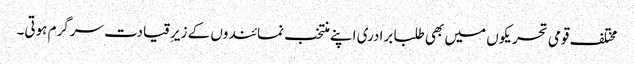
مختلف قومی تحریکوں میں بھی طلبا برادری اپنے منتخب نمائندوں کے زیرِقیادت سرگرم ہوتی۔